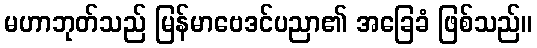
မဟာဘုတ်သည် မြန်မာဗေဒင်ပညာ၏ အခြေခံ ဖြစ်သည်။